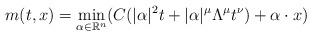
LaTeX: \begin{align*}m(t,x)=\min_{\alpha\in\mathbb{R}^{n}}(C(\vert\alpha\vert^{2}t+\vert\alpha\vert^{\mu}\Lambda^{\mu}t^{\nu})+\alpha\cdot x)\end{align*}